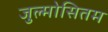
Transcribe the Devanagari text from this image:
जुल्मोसितम